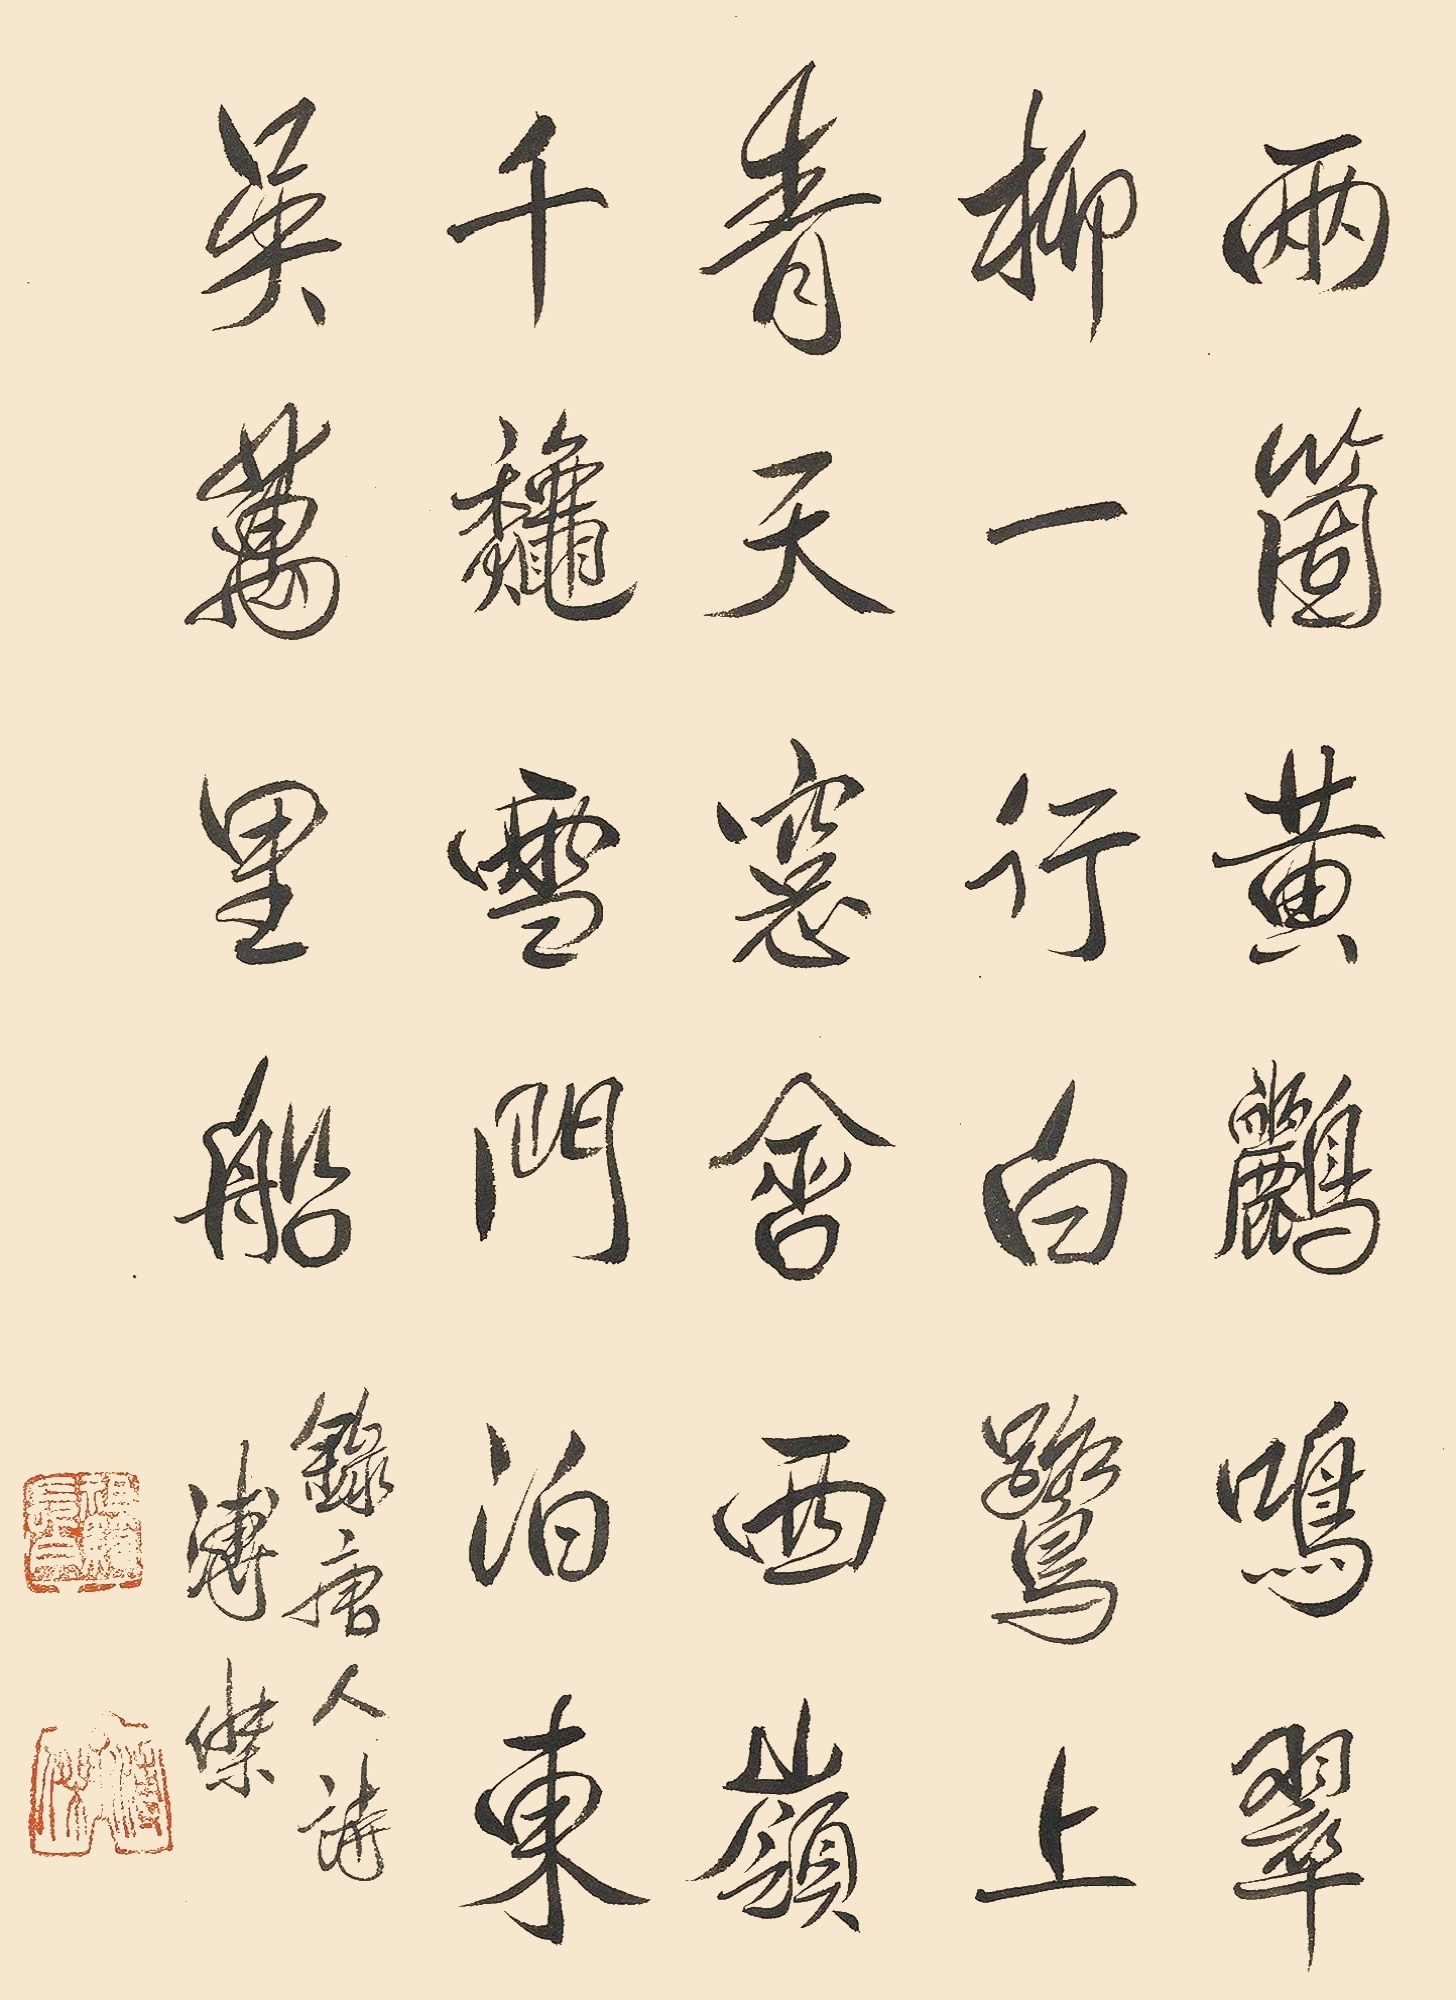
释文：两个黄鹂鸣翠柳，一行白鹭上青天。窗含西岭千秋雪，门泊东吴万里船。录唐人诗，溥杰。